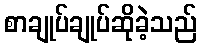
စာချုပ်ချုပ်ဆိုခဲ့သည်